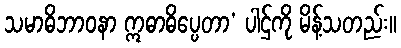
သမာဓိဘာဝနာ ဣဓာဓိပ္ပေတာ’ ပါဌ်ကို မိန့်သတည်း။